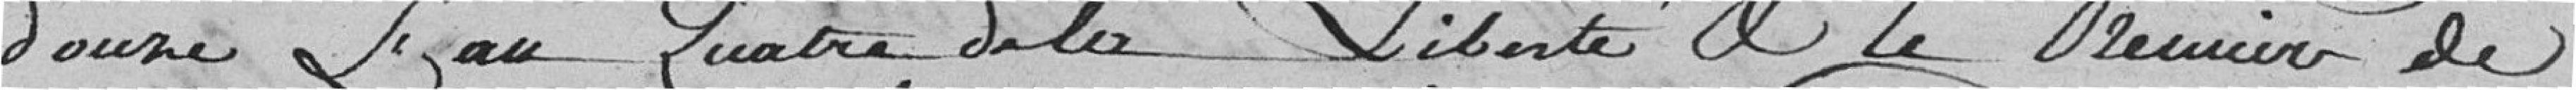
douze l'an quatre de la liberté et le premier de